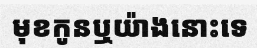
មុខកូនឬយ៉ាងនោះទេ